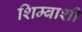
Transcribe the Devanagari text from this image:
शिम्बाशी